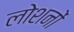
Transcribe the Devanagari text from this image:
लोशनों